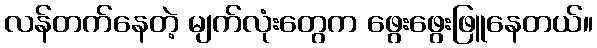
လန်တက်နေတဲ့ မျက်လုံးတွေက ဖွေးဖွေးဖြူနေတယ်။